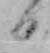
日